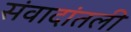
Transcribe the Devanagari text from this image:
संवादांतली